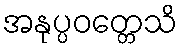
အနုပ္ပဝတ္တေသိ